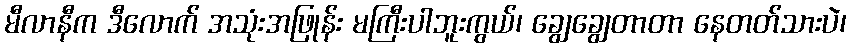
မီလာနီက ဒီလောက် အသုံးအဖြုန်း မကြီးပါဘူးကွယ်၊ ချွေချွေတာတာ နေတတ်သားပဲ၊